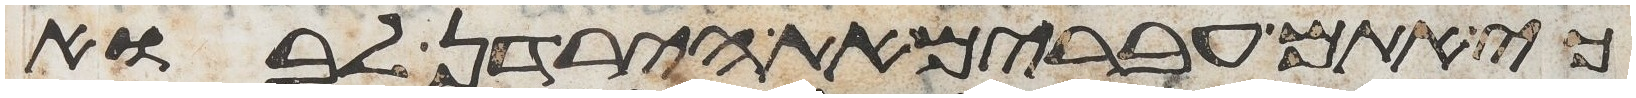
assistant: כי אתם עברים את הירדן לבוא